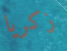
زكريا